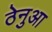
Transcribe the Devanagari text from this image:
ठेनुआ